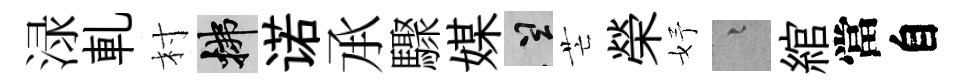
渌軋村拂诺𠄘驟媒誠芒榮妤融綰當自